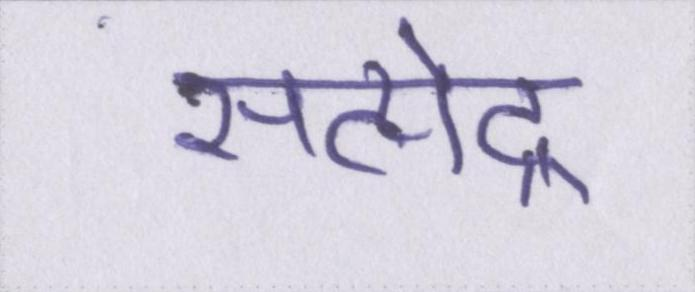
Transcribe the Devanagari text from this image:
सत्येंद्र